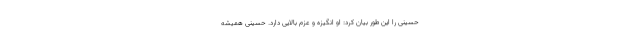
حسینی را این طور بیان کرد: او انگیزه و عزم بالایی دارد. حسینی همیشه